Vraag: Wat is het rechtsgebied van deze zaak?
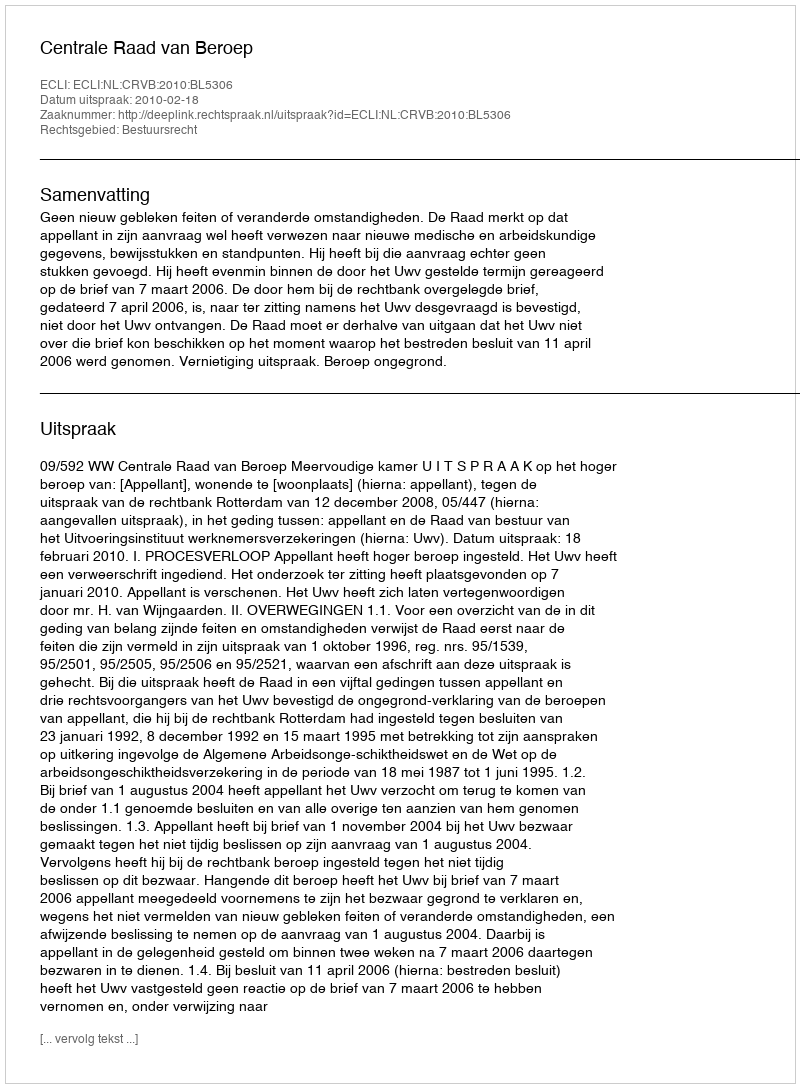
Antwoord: Bestuursrecht